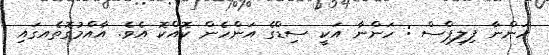
ހަންނާ ފިލިޕްސް : ހަންނާ އަކީ ސިޑްގެ އަންހެން ކޮއްކޮ އެވެ. އާއްމުގޮތެއގައި